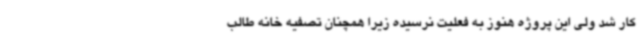
کار شد ولی این پروژه هنوز به فعلیت نرسیده زیرا همچنان تصفیه خانه طالب